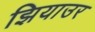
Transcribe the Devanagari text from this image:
झियाउर